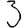
Digit: 3